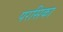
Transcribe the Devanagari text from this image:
परसिका